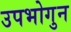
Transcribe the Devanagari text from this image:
उपभोगुन